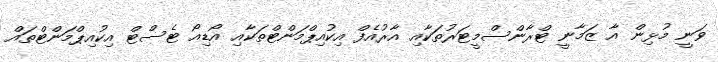
ވަނީ މުޅިން އާ ޒަމާނީ ޓްރާންސްމީޓަރުތަކާއި އާރުއެފް އިކުއިޕްމަންޓްތަކާއި އޯޑިއޯ ޓެސްޓް އިކުއިޕްމަންޓްތައް